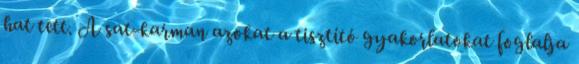
hat tett. A sat-karman azokat a tisztító gyakorlatokat foglalja